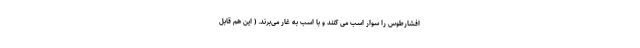
افشارطوس را سوار اسب می کنند و با اسب به غار می‌برند. ( این هم قابل